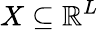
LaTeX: X\subseteq\mathbb{R}^{L}